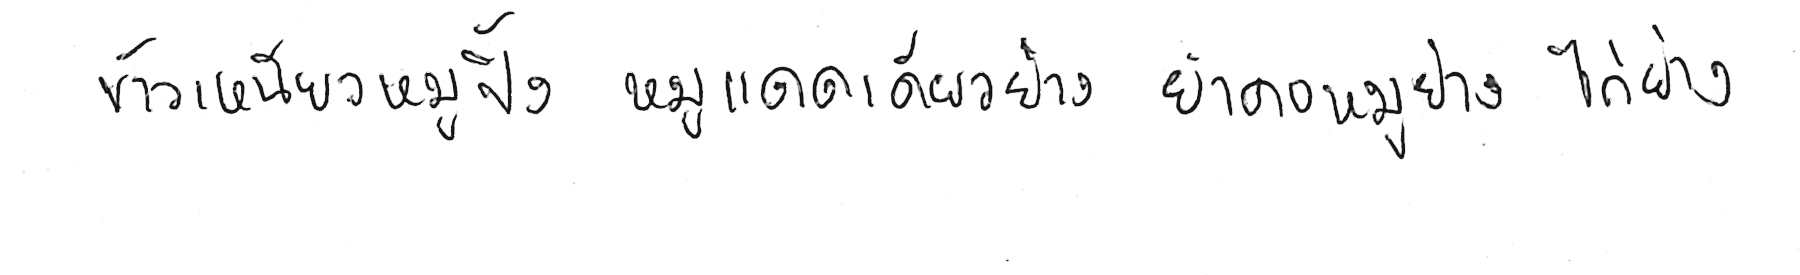
ข้าวเหนียวหมูปิ้ง หมูแดดเดียวย่าง ยำคอหมูย่าง ไก่ย่าง